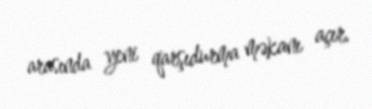
arasında yeni qarşıdurma məkanı açır.